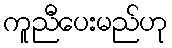
ကူညီပေးမည်ဟု